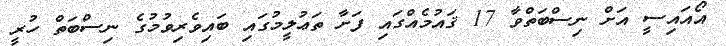
އޯއައިސީ އަށް ނިސްބަތްވާ 17 ޤައުމެއްގައި ފަށާ ތަޢުލީމުގައި ބައިވެރިވުމުގެ ނިސްބަތް ހުރީ